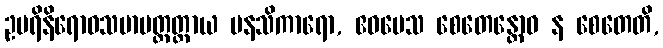
ဥပရိနိရောဓသမာပတ္တတ္ထာယ မနသိကာရော, ဧဝမေသ စေတေန္တောဝ န စေတေတိ,